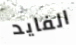
الفايد